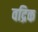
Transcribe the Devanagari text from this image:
वद्रिक